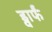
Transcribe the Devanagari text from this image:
ड्वार्फं